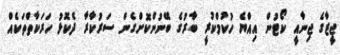
ޖީޒާގެ ޖިނާއީ ކޯޓުން އިއްޔެ ހުކުމްކުރީ ބާރުގެ ބޭނުންކޮށްގެން ސަރުކާރާ ދެކޮޅު ހަރަކާތްތަކެއް